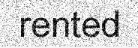
rented